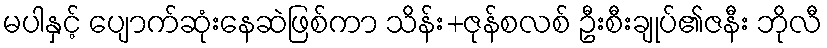
မပါနှင့် ပျောက်ဆုံးနေဆဲဖြစ်ကာ သိန်း+ဇုန်စလစ် ဦးစီးချုပ်၏ဇနီး ဘိုလီ